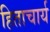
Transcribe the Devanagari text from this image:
हिताचार्य